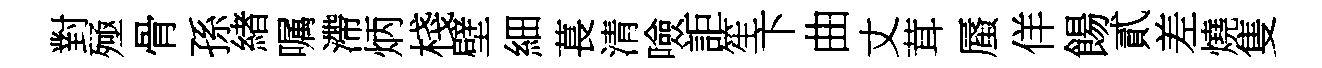
對殛骨孫緖嘱滯炳棧壁細萇清噞詎笙卞曲丈茸蜃佯餳貳差燒隻